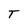
Character: T